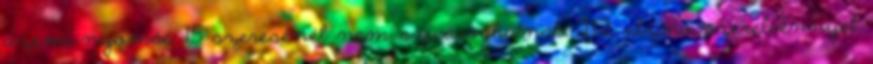
üzemi nyomás 1,5 szeresénél nem szivároghatnak, 2.1.2. elzáró szerelvénnyel